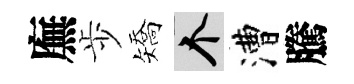
廡歩矯个漕騰